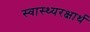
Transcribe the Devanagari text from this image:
स्वास्थ्यरक्षार्थ